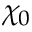
\chi _ { 0 }